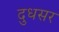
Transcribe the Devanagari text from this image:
दुधसर